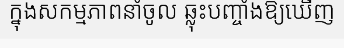
ក្នុងសកម្មភាពនាំចូល ឆ្លុះបញ្ចាំងឱ្យឃើញ